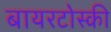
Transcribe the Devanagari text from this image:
बायरटोस्की